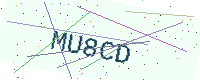
Text: MU8CD